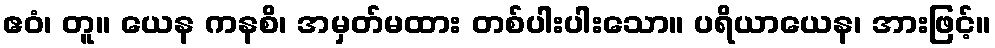
ဧဝံ၊ တူ။ ယေန ကနစိ၊ အမှတ်မထား တစ်ပါးပါးသော။ ပရိယာယေန၊ အားဖြင့်။